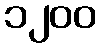
၁၂၀၀